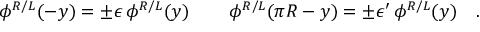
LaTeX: \phi ^ { R / L } ( - y ) = \pm \epsilon \, \phi ^ { R / L } ( y ) \, \qquad \phi ^ { R / L } ( \pi R - y ) = \pm \epsilon ^ { \prime } \, \phi ^ { R / L } ( y ) \quad .